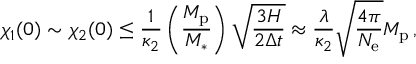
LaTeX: \chi _ { 1 } ( 0 ) \sim \chi _ { 2 } ( 0 ) \leq \frac { 1 } { \kappa _ { 2 } } \left( \frac { M _ { \mathrm { p } } } { M _ { \ast } } \right) \sqrt { \frac { 3 H } { 2 \Delta t } } \approx \frac { \lambda } { \kappa _ { 2 } } \sqrt { \frac { 4 \pi } { N _ { \mathrm { e } } } } M _ { \mathrm { p } } \, ,